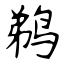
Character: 鹈